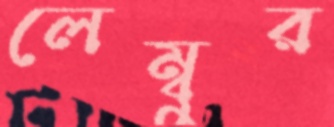
লেম্বুর